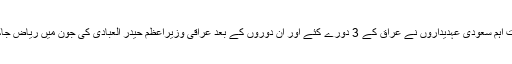
ایرانی اثر و رسوخ کے توڑ کے لئے سعودی عرب کے سابق وزیر خارجہ عادل الجبیر سمیت اہم سعودی عہدیداروں نے عراق کے 3 دورے کئے اور اِن دوروں کے بعد عراقی وزیراعظم حیدر العبادی کی جون میں ریاض جاکر سعودی شاہ سلمان سے ملاقات بھی خطے میں بنتے نئے اتحادوں کی طرف اہم اشارہ ہے۔